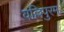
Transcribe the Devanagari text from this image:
वल्लिपुरम